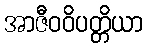
အာဇီဝဝိပတ္တိယာ